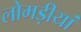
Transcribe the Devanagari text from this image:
लोमड़ीयां